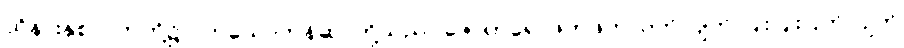
ထိုနားနှစ်ဘက်တို့၌ ဝတ်သောတန်ဆာတို့သည်။ ဇောတရေ၊ ဖိတ်ဖိတ်လက်လျက် ပြိုးပြိုးပြက်လျက်